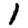
Digit: 1